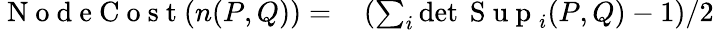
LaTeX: \begin{array}{rl}{\mathrm{~N~o~d~e~C~o~s~t~}(n(P,Q))=}&{{}\left(\sum_{i}\operatorname*{det}\mathrm{~S~u~p~}_{i}(P,Q)-1\right)/2}\end{array}